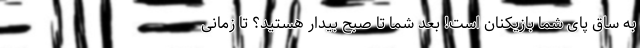
به ساق پای شما بازیکنان است! بعد شما تا صبح بیدار هستید؟ تا زمانی